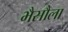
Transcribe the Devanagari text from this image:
भैसौला